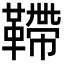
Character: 𩌴